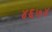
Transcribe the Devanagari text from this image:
४६७४